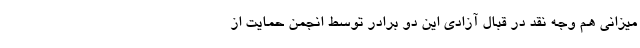
میزانی هم وجه نقد در قبال آزادی این دو برادر توسط انجمن حمایت از